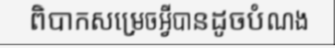
ពិបាកសម្រេចអ្វីបានដូចបំណង